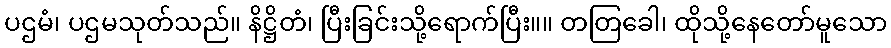
ပဌမံ၊ ပဌမသုတ်သည်။ နိဋ္ဌိတံ၊ ပြီးခြင်းသို့ရောက်ပြီး။။ တတြခေါ၊ ထိုသို့နေတော်မူသော